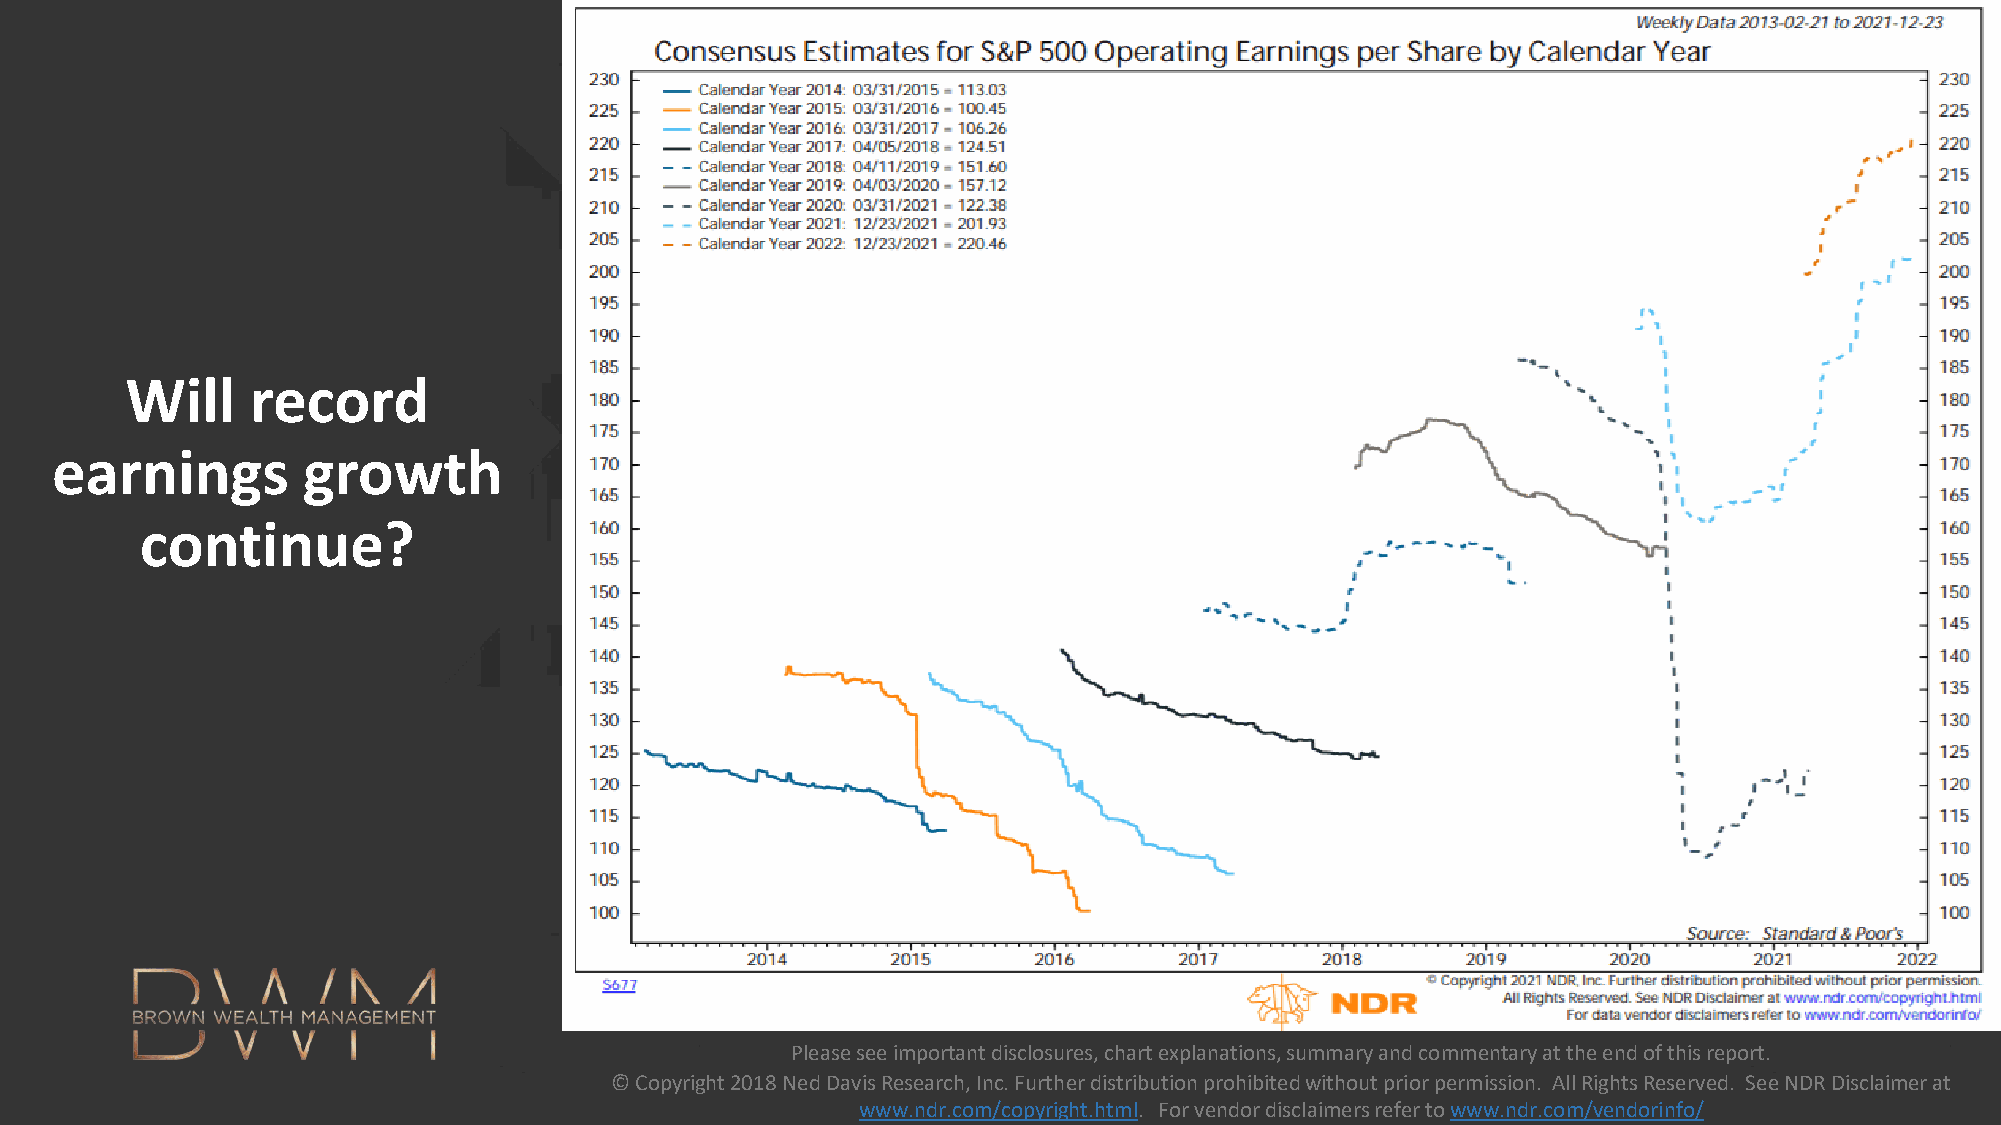
Will     record
 earnings         growth
 continue?
 Please see important disclosures, chart explanations, summary and commentary at the end of this report.
 Please see important disclosures, chart explanations, © Copyright 2018 Ned Davis Research, Inc. Further distribution prohibited without prior permission. All Rights Reserved. See NDR Disclaimer at
 summary and commentary at the end of this report.      www.ndr.com/copyright.html. For vendor disclaimers refer to www.ndr.com/vendorinfo/